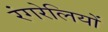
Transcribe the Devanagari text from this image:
रंगरेलियों